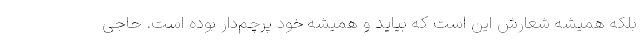
بلکه همیشه شعارش این است که بیاید و همیشه خود پرچم‌دار بوده است. حاجی‌